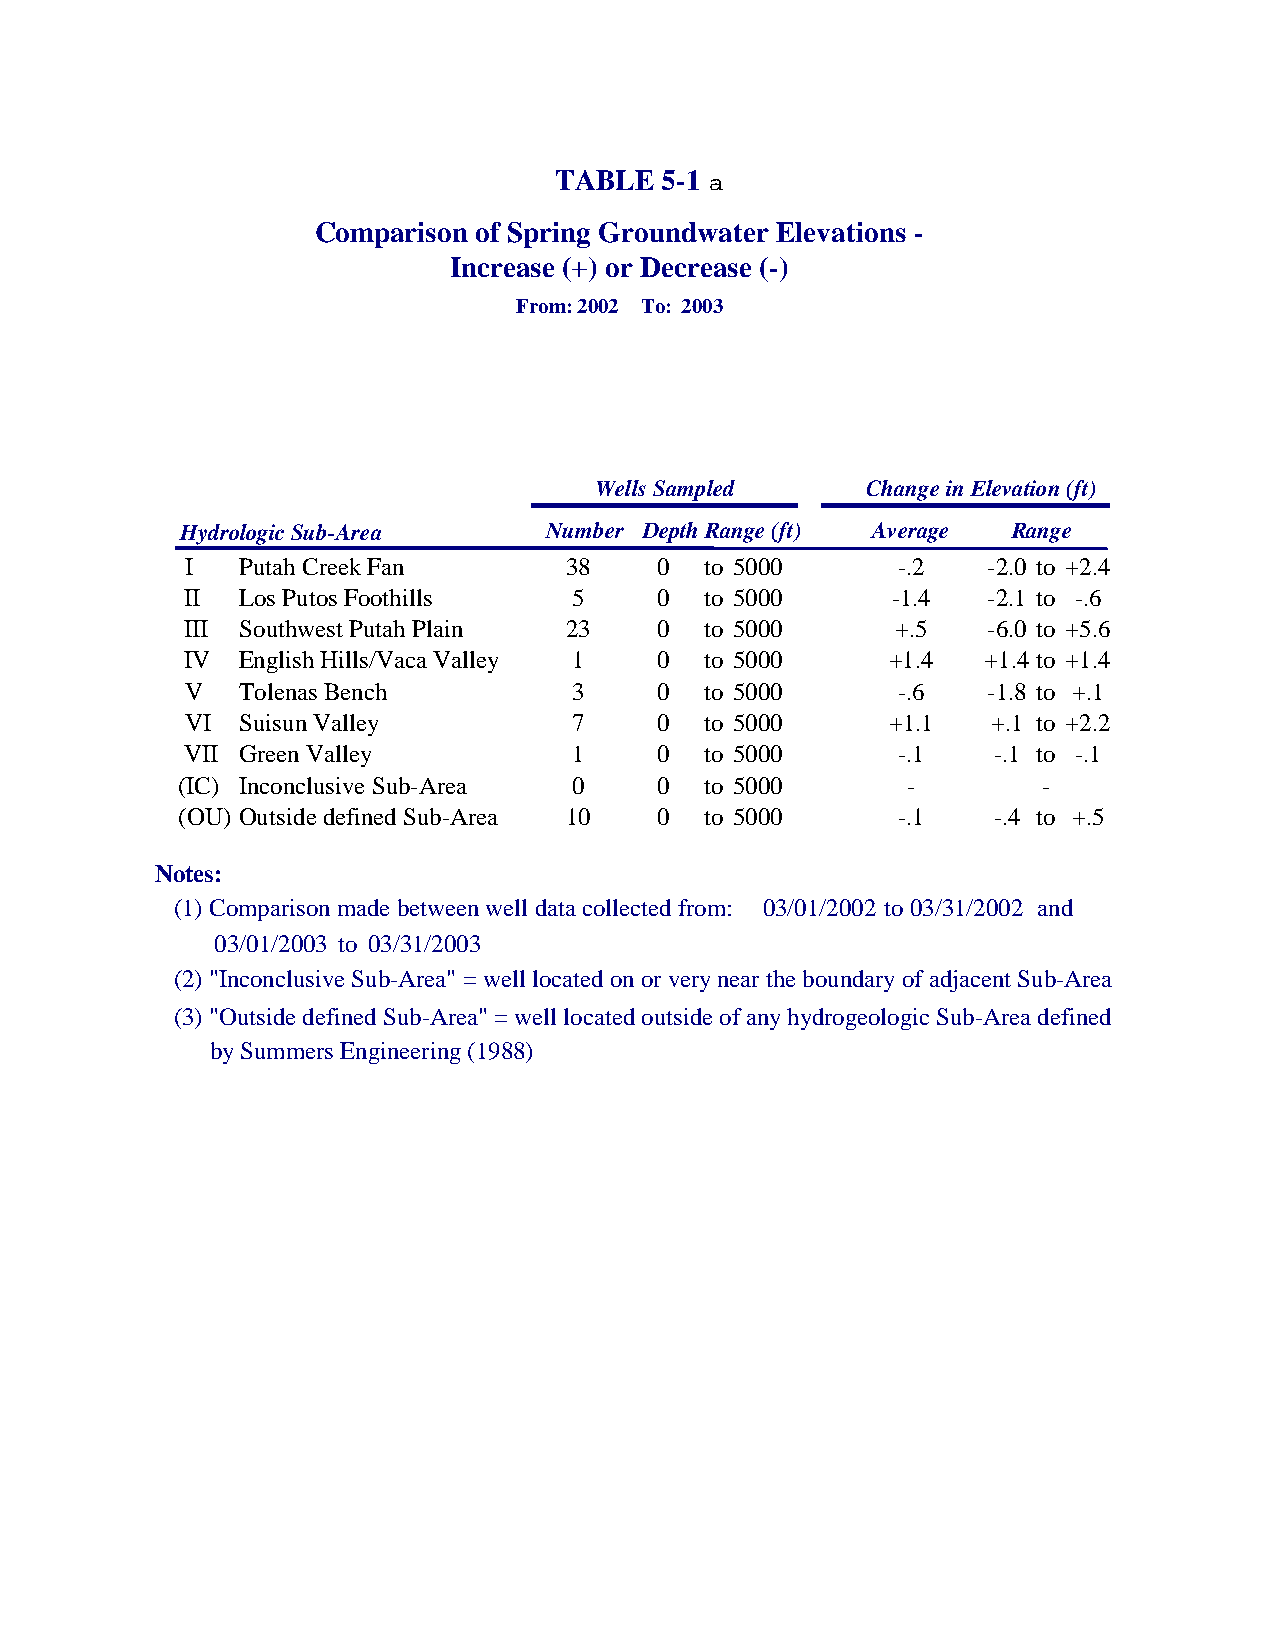
TABLE  5-1
 Comparison of Spring Groundwater Elevations -
 Increase (+) or Decrease (-)
 From:2002 To: 2003
 Wells Sampled     Change in Elevation (ft)
 Hydrologic Sub-Area     Number Depth Range (ft) Average Range
 I   Putah Creek Fan      38     0  to 5000     -.2   -2.0 to +2.4
 II  Los Putos Foothills   5     0  to 5000     -1.4  -2.1 to -.6
 III Southwest Putah Plain 23    0  to 5000     +.5   -6.0 to +5.6
 IV  English Hills/Vaca Valley 1 0  to 5000     +1.4  +1.4 to +1.4
 V   Tolenas Bench         3     0  to 5000     -.6   -1.8 to +.1
 VI  Suisun Valley         7     0  to 5000     +1.1   +.1 to +2.2
 VII Green Valley          1     0  to 5000     -.1    -.1 to -.1
 (IC) Inconclusive Sub-Area 0    0  to 5000      -        -
 (OU) Outside defined Sub-Area 10 0 to 5000     -.1    -.4 to +.5
 Notes:
 (1) Comparison made between well data collected from: 03/01/2002 to03/31/2002 and
 03/01/2003 to 03/31/2003
 (2) "Inconclusive Sub-Area" = well located on or very near the boundary of adjacent Sub-Area
 (3) "Outside defined Sub-Area" = well located outside of any hydrogeologic Sub-Area defined
 by Summers Engineering (1988)